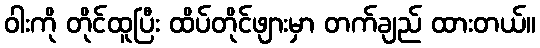
ဝါးကို တိုင်ထူပြီး ထိပ်တိုင်ဖျားမှာ တက်ချည် ထားတယ်။